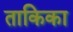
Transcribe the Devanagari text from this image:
ताकिका